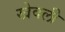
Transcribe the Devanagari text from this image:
खेवली